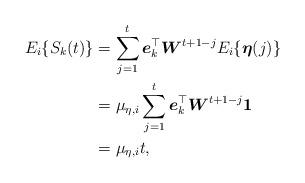
LaTeX: \begin{align*}\begin{aligned}E_i\{S_k(t)\} &= \sum_{j=1}^t \boldsymbol{e}_k^\top\boldsymbol{W}^{t+1-j}E_i\{\boldsymbol{\eta}(j)\}\\&= \mu_{\eta,i} \sum_{j=1}^t\boldsymbol{e}_k^\top\boldsymbol{W}^{t+1-j}\boldsymbol{1}\\&= \mu_{\eta,i} t,\end{aligned}\end{align*}